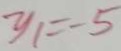
y _ { 1 } = - 5